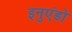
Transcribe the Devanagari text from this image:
इनुएंडो